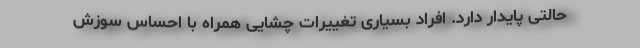
حالتی پایدار دارد. افراد بسیاری تغییرات چشایی همراه با احساس سوزش